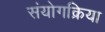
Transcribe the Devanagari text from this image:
संयोगक्रिया